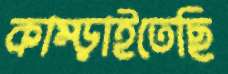
কাম্‌ড়াইতেছি